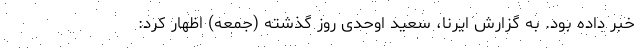
خبر داده بود. به گزارش ایرنا، سعید اوحدی روز گذشته (جمعه) اظهار کرد: